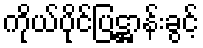
ကိုယ်ပိုင်ပြဋ္ဌာန်းခွင့်